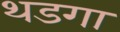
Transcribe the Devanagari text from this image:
थडगा